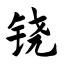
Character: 铙